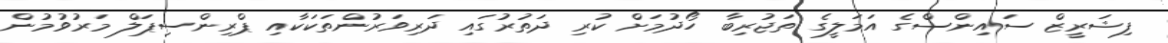
ފިޝަރީޒް ސައިންސްގެ އަމަލީގެ ތަޖުރިބާ ހޯދުމަށް ކުރި ދަތުރުގައި ދަރިވަރުންތަކަކާއި ޕްރިންސިޕަލް މަރުވުމުން